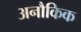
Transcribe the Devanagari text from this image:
अनौकिक